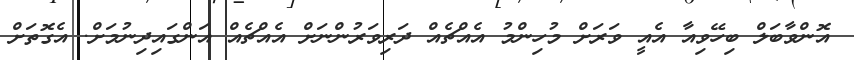
އޮންވާބަލް ބިހޭވިއާ އެއީ ވަރަށް މުހިންމު އެއްޗެއް ދަރިވަރުންނަށް އެއްޗެއް އަންގައިދިނުމަށް. އެގޮތަށް